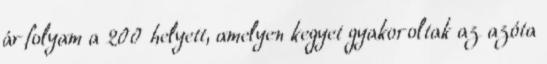
árfolyam a 200 helyett, amelyen kegyet gyakoroltak az azóta